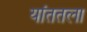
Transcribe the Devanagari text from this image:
यांततला